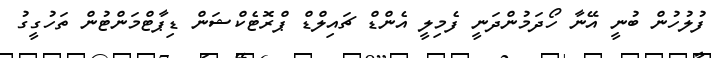
ފުލުހުން ބުނީ އޭނާ ހޯދަމުންދަނީ ފެމިލީ އެންޑް ޗައިލްޑް ޕްރޮޓެކްޝަން ޑިޕާޓްމަންޓުން ތަހުގީގު